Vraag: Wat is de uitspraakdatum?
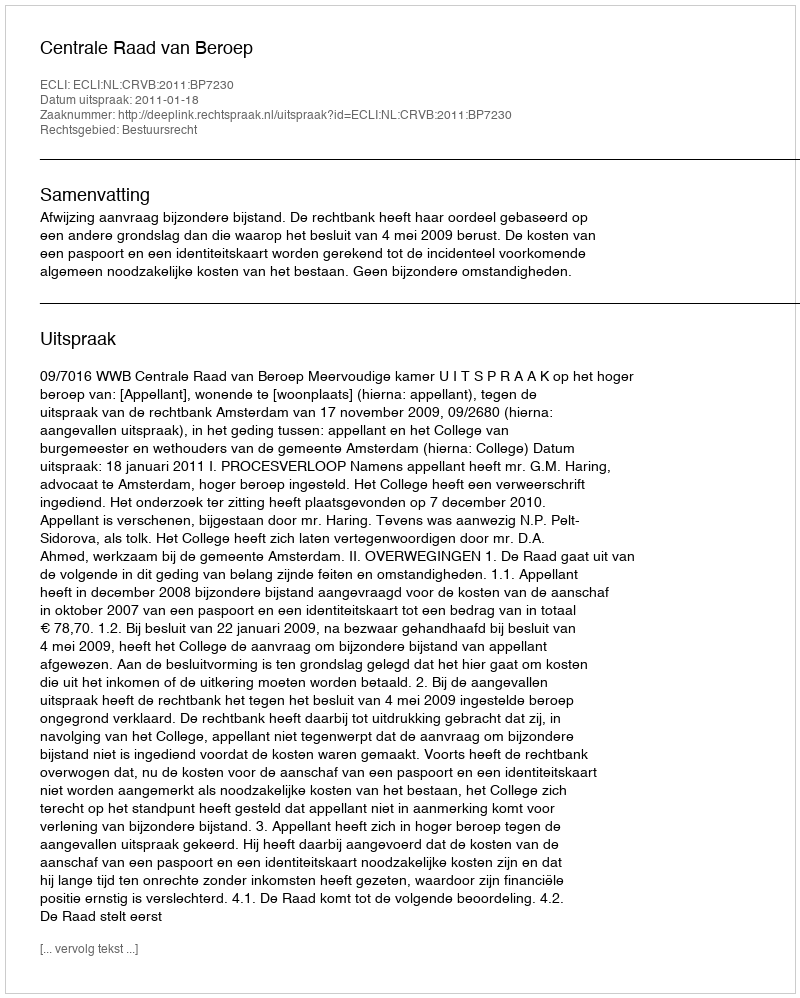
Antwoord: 2011-01-18